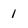
Character: 1